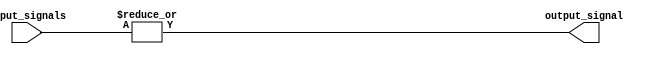
module OR_gate(
    input [63:0] input_signals,
    output reg output_signal
);

always @(*) begin
    output_signal = |input_signals;
end

endmodule